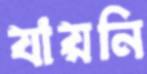
যায়নি